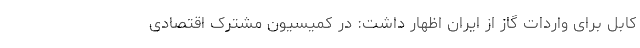
کابل برای واردات گاز از ایران اظهار داشت: در کمیسیون مشترک اقتصادی